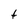
Character: t